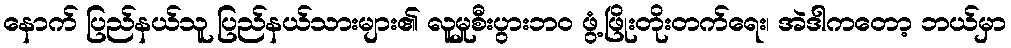
နောက် ပြည်နယ်သူ ပြည်နယ်သားများ၏ လူမှုစီးပွားဘဝ ဖွံ့ဖြိုးတိုးတက်ရေး၊ အဲဒါကတော့ ဘယ်မှာ